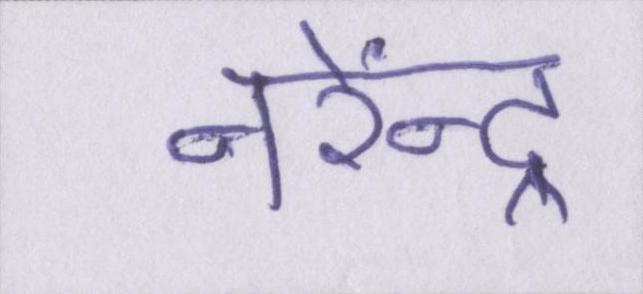
नरेंन्द्र